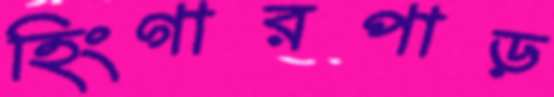
হিংগারপাড়